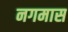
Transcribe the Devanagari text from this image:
नगमास